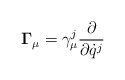
\begin{align*}{\bf \Gamma}_\mu = \gamma^j_\mu{\partial\over\partial{\dot q}^j}\end{align*}